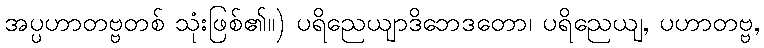
အပ္ပဟာတဗ္ဗတစ် သုံးဖြစ်၏။) ပရိညေယျာဒိဘေဒတော၊ ပရိညေယျ, ပဟာတဗ္ဗ,